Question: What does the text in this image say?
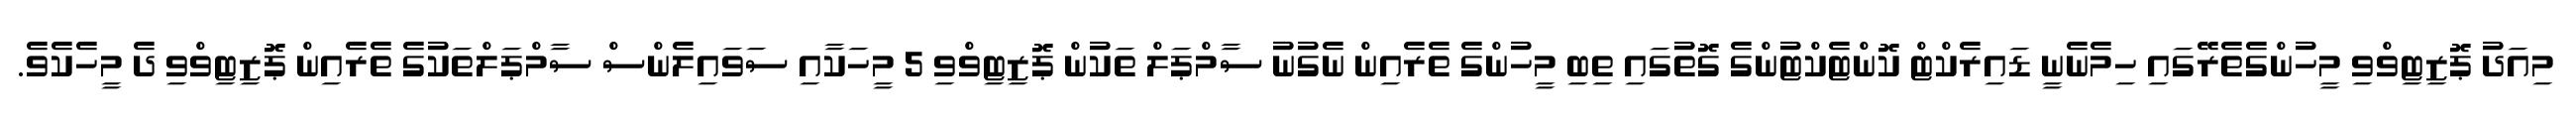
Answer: މިއަދު ޕޮޒިޓިވްވި މީހުންގެތެރޭގައި ހިމެނެނީ ޑައިރެކްޓް ކޮންޓެކްޓުންގެ ގޮތުގައި ތިބި މީހުންގެ ތެރެއިން ނެގުނު ސާމްޕަލް ތަކުން ޕޮޒިޓިވްވި 5 މީހަކާއި ސަވައިލެންސް ސާމްޕަލްތަކުގެ ތެރެއިން ޕޮޒިޓިވްވި ދެ މީހެކެވެ.